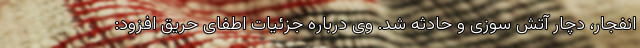
انفجار، دچار آتش سوزی و حادثه شد. وی درباره جزئیات اطفای حریق افزود: